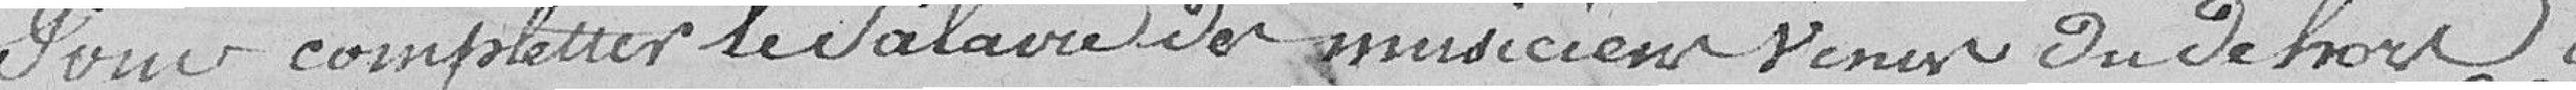
Pour compléter le salaire des musiciens venus du dehors